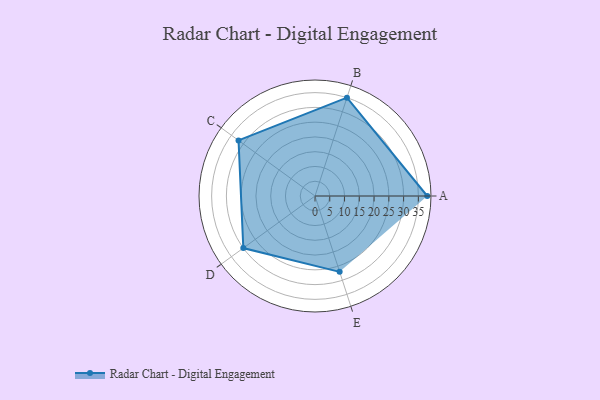
{"axis": {"x": "Skill", "y": "Score"}, "legend": ["Profile"], "data": [{"x": "A", "y": 38.0, "type": "Profile"}, {"x": "B", "y": 35.0, "type": "Profile"}, {"x": "C", "y": 32.0, "type": "Profile"}, {"x": "D", "y": 30.0, "type": "Profile"}, {"x": "E", "y": 27.0, "type": "Profile"}]}